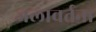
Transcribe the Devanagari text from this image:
जलावर्तना